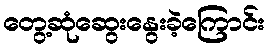
တွေ့ဆုံဆွေးနွေးခဲ့ကြောင်း